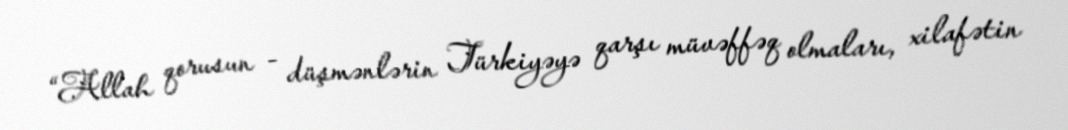
“Allah qorusun - düşmənlərin Türkiyəyə qarşı müvəffəq olmaları, xilafətin